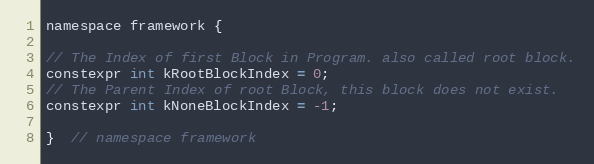
Language: C
namespace framework {

// The Index of first Block in Program. also called root block.
constexpr int kRootBlockIndex = 0;
// The Parent Index of root Block, this block does not exist.
constexpr int kNoneBlockIndex = -1;

}  // namespace framework